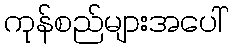
ကုန်စည်များအပေါ်